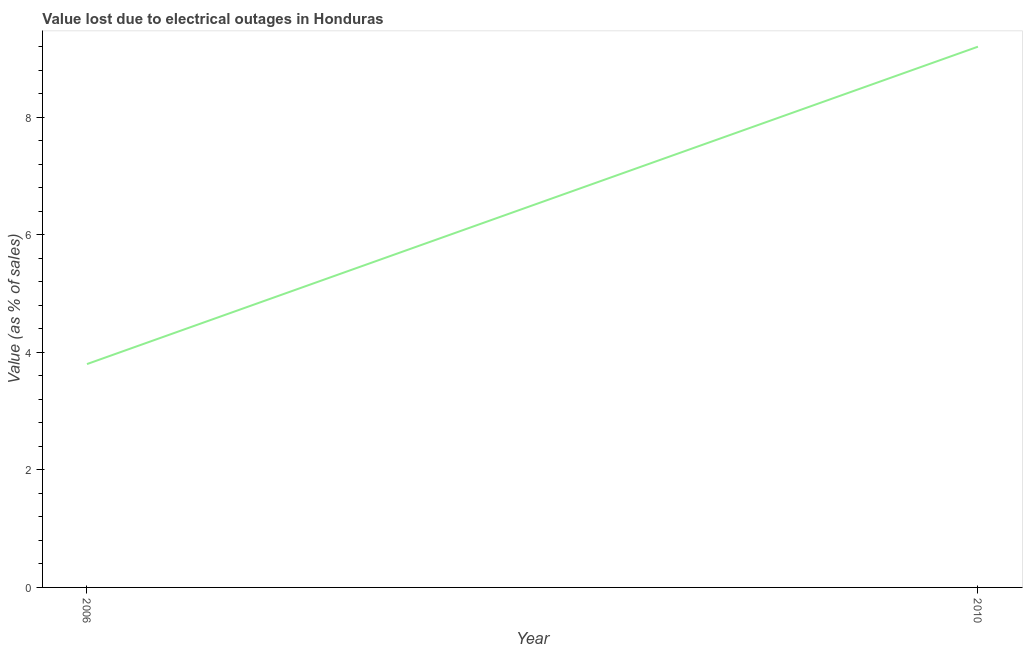
| Year | Value lost due to electrical outages |
 | --- | --- |
 | 2006 | 3.8 |
 | 2010 | 9.2 |